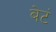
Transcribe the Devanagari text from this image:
बेटं